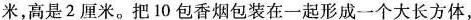
米，高是2厘米。把10包香烟包装在一起形成一个大长方体，